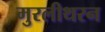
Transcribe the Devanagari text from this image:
मुरलीथरन